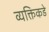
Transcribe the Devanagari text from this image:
व्यक्तिकडे